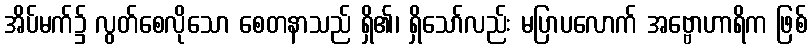
အိပ်မက်၌ လွတ်စေလိုသော စေတနာသည် ရှိ၏၊ ရှိသော်လည်း မပြာပလောက် အဗ္ဗောဟာရိက ဖြစ်